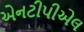
એનટીપીએલ